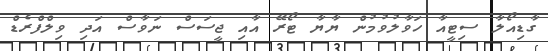
ގާޑިއޯލާ ސިޓީއާ ހަވާލުވުމުން ޔާޔާ ޓޯރޭ އާއި ޖީސަސް ނަވާސް އަދި ވިލްފްރެޑް